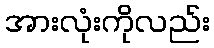
အားလုံးကိုလည်း